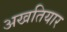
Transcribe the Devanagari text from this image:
अखतियार